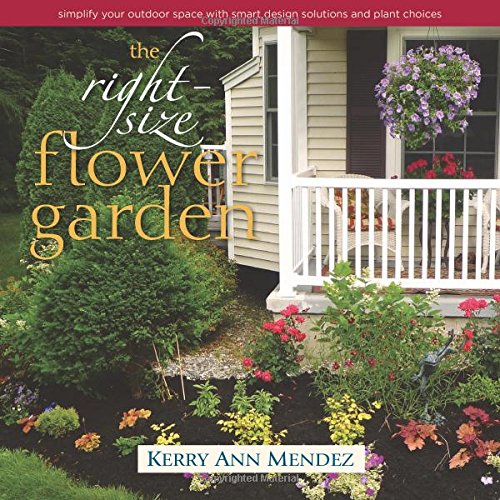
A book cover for The Right-Size Flower Garden: Simplify Your Outdoor Space with Smart Design Solutions and Plant Choices; Kerry Ann Mendez; Crafts, Hobbies & Home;